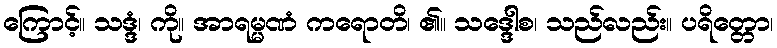
ကြောင့်။ သဒ္ဒံ၊ ကို။ အာရမ္မဏံ ကရောတိ၊ ၏။ သဒ္ဒေါစ၊ သည်လည်း။ ပရိတ္တော၊